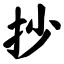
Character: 抄